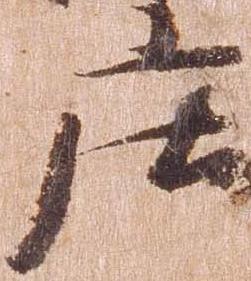
庄